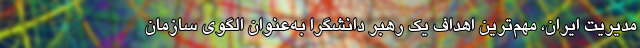
مدیریت ایران، مهم‌ترین اهداف یک رهبر دانشگرا به‌عنوان الگوی سازمان